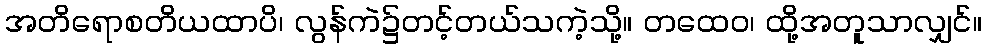
အတိရောစတိယထာပိ၊ လွန်ကဲ၌တင့်တယ်သကဲ့သို့။ တထေဝ၊ ထို့အတူသာလျှင်။